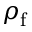
\rho _ { \mathrm { f } }